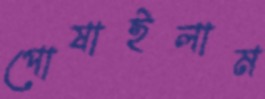
পোষাইলাম